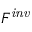
F ^ { \mathit { i n v } }